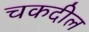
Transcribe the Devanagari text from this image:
चकदील